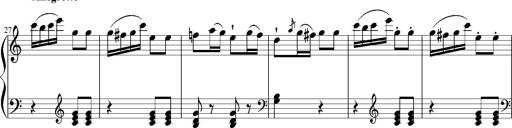
Title: 12 Sonatinas for Piano
Composer: Johann Baptist Vanhal